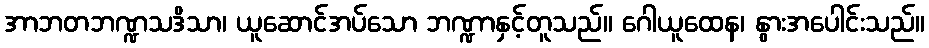
အာဘတဘဏ္ဍသဒိသာ၊ ယူဆောင်အပ်သော ဘဏ္ဍာနှင့်တူသည်။ ဂေါယူထေန၊ နွားအပေါင်းသည်။